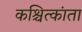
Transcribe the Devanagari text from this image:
कश्चित्कांता